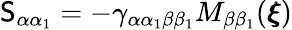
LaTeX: \mathsf{S}_{\alpha\alpha_{1}}=-\gamma_{\alpha\alpha_{1}\beta\beta_{1}}M_{\beta\beta_{1}}({\pmb\xi})